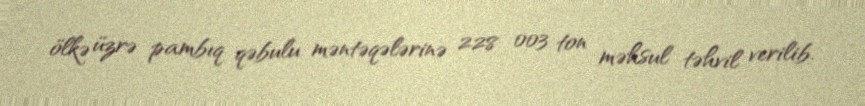
ölkə üzrə pambıq qəbulu məntəqələrinə 228 003 ton məhsul təhvil verilib.